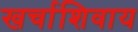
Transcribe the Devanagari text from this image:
खर्चाशिवाय